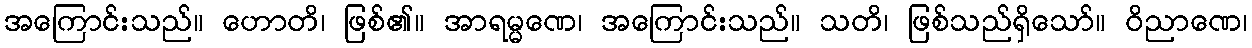
အကြောင်းသည်။ ဟောတိ၊ ဖြစ်၏။ အာရမ္မဏေ၊ အကြောင်းသည်။ သတိ၊ ဖြစ်သည်ရှိသော်။ ဝိညာဏေ၊